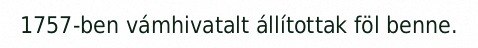
1757-ben vámhivatalt állítottak föl benne.